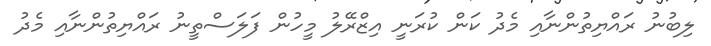
ލިބުނު ރައްޔިތުންނާއި މެދު ކަން ކުރަނީ އިޒްރޭލު މީހުން ފަލަސްތީނު ރައްޔިތުންނާއި މެދު